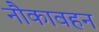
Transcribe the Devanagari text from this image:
नौकावहन